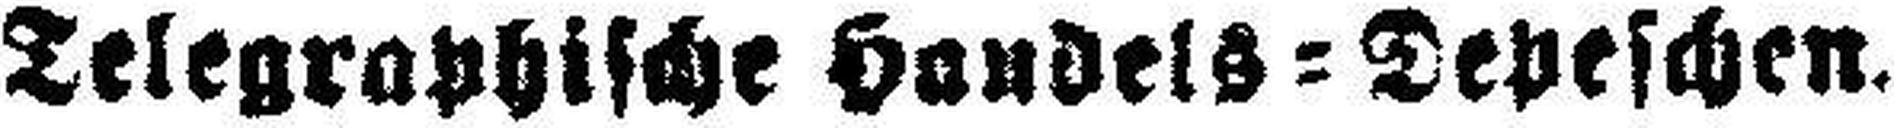
Telegraphische Handels=Depeschen.